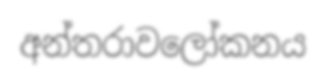
අන්තරාවලෝකනය